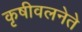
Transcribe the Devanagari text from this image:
कृषीवलनेते